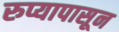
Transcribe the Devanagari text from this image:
रुप्यापासून